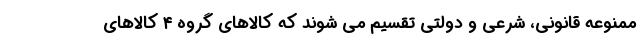
ممنوعه قانونی، شرعی و دولتی تقسیم می شوند که کالاهای گروه ۴ کالاهای